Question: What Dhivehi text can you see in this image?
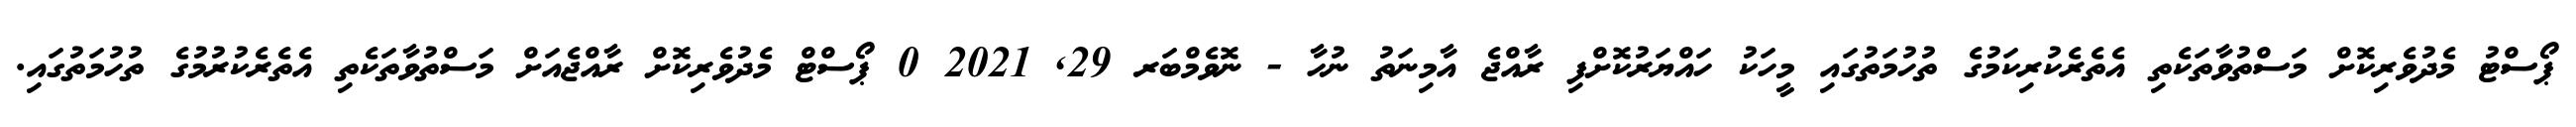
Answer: ޕޯސްޓު މެދުވެރިކޮށް މަސްތުވާތަކެތި އެތެރެކުރިކަމުގެ ތުހުމަތުގައި މީހަކު ހައްޔަރުކޮށްފި ރާއްޖެ އާމިނަތު ނުހާ - ނޮވެމްބަރ 29, 2021 0 ޕޯސްޓް މެދުވެރިކޮށް ރާއްޖެއަށް މަސްތުވާތަކެތި އެތެރެކުރުމުގެ ތުހުމަތުގައި.